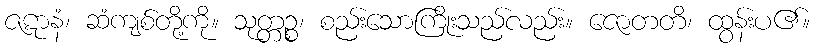
ဇဋာနံ၊ ဆံကျစ်တို့ကို။ သုတ္တဉ္စ၊ စည်းသောကြိုးသည်လည်း။ ဇောတတိ၊ ထွန်းပ၏။